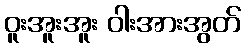
ဝူးအူးအူး ဝါးအားအွတ်